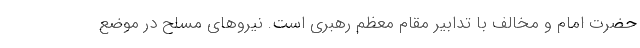
حضرت امام و مخالف با تدابیر مقام معظم رهبری است. نیروهای مسلح در موضع